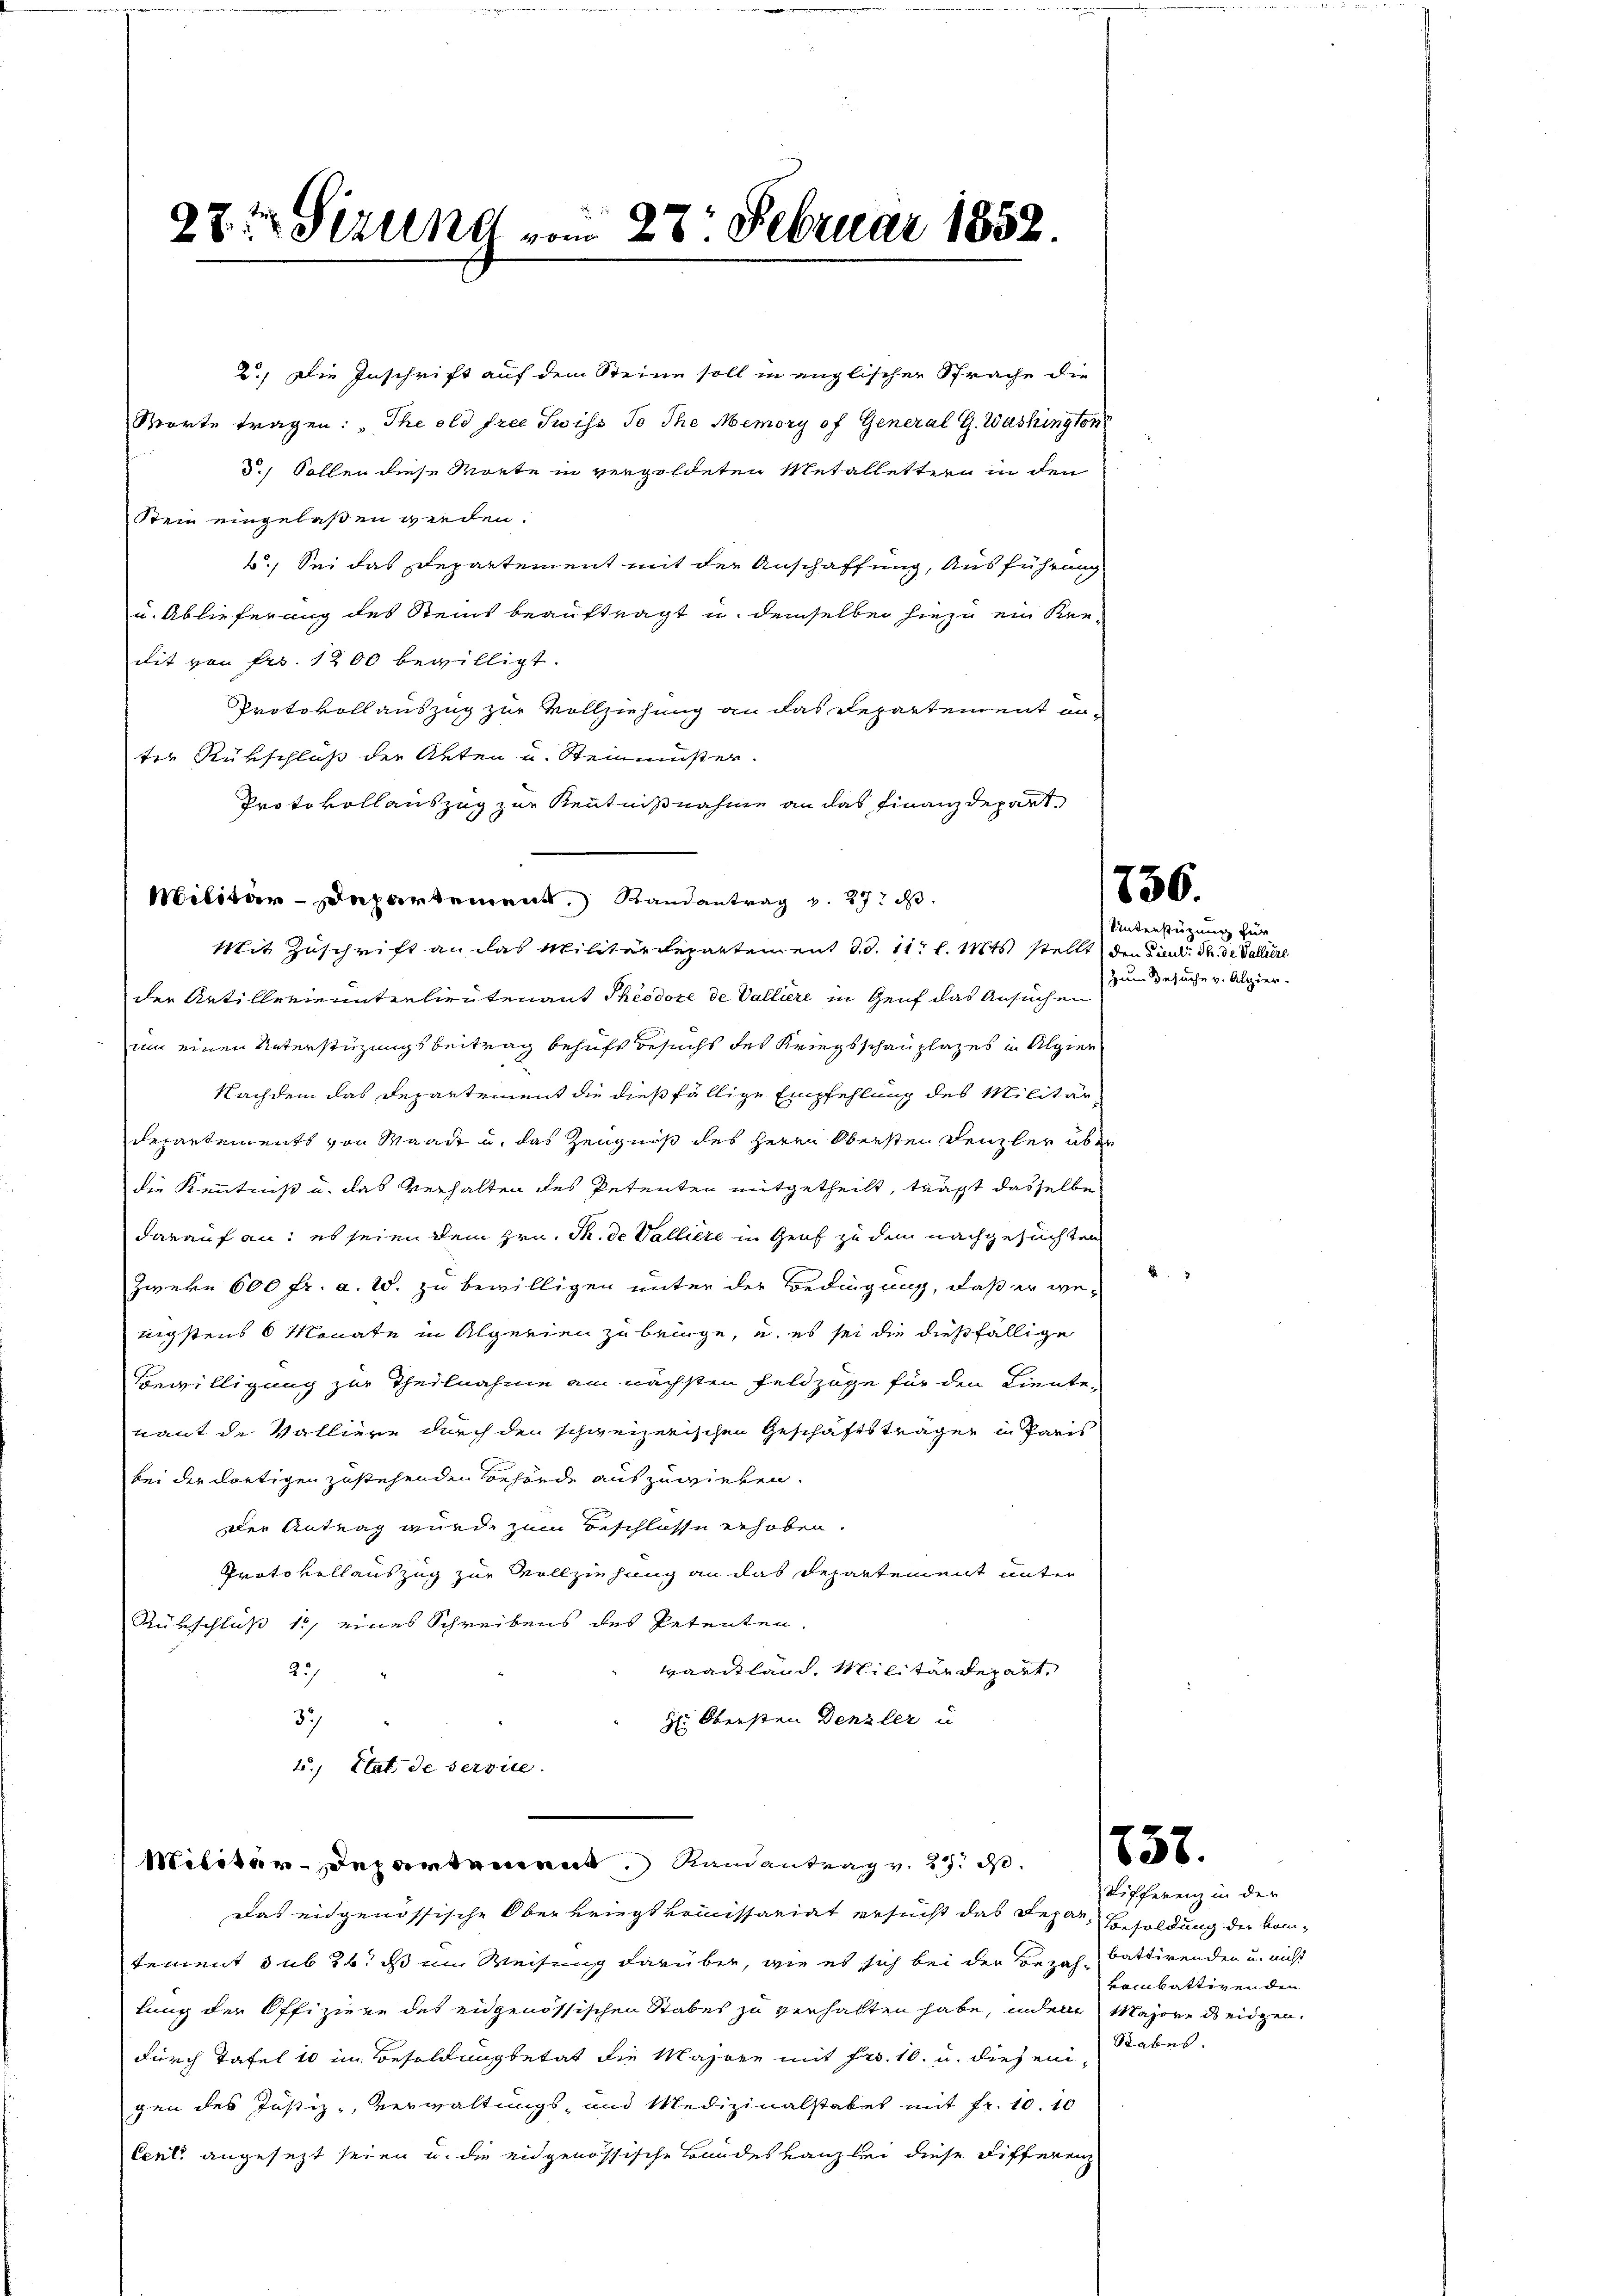
27t Sizung vom 27. Februar 1852.

2.) Die Inschrift auf dem Steine soll in englischer Sprache die
Worte tragen: Theold free Swiss so The Memory of General G. Washington
5.) Sollen diese Monte in vergoldeten Metallettern in den
Stein eingelaßen werden.
b.) Sei das Departement mit der Anschaffung, Ausführung
u. Ablieferung des Steins beauftragt u. demselben hiezu ein Kre-
dit von Frs. 1200 bewilligt.
Protokollauszug zur Vollziehung an das Departement an-
ter Rükschluß der Akten u. Steinmuster.
Protokollauszug zur Kenntnißnahme an das Finanzdepart
Militär-Departement, Randantrag v. 27. d.
Mit Zuschrift an das Militärdepartement d.d. 11. l. Mts. stellt den Dient. S. de Valliere
der Artillenieunterlieutenant Theedore de Valliere in Genf das Ansuchen
um einen Unterstüzungsbeitrag behufs Besucht des Kriegsschauplazes in Algier
Nachdem das Departement die dießfällige Empfehlung des Militär¬
Departements von Waadt u. das Zeugniß des Herrn Obersten Denzler über
die Kenntniß u. das Verhalten des Petenten mitgetheilt, trägt dasselbe
darauf an: es seien dem Hrn. M. de Vallilte in Graf zu dem nachgesuchten
Zweke 600 fr. a. W. zu bewilligen unter der Bedingung, daß er wenigstens 6 Monate in Algerien zu bringe, u. es sei die dießfällige
Bewilligung zur Theilnahme am nächsten Feldzüge für den Liente
taut de Walliere durch den schweizerischen Geschäftsträgen in Paris
bei der dortigen zustehenden Behörde auszuwieben.
Der Antrag wurde zum Beschlosse erhoben.
Protokollauszug zur Vollziehung an das Departement unter
Rübschluß 15, eines Schreibens des Petenten.
Maadtland, Militärdepart.
23/
3
H: Obersten Denzler u.
t., Stat de service.
Militär-Departement Randantrag v. 27. ds.
Das eidgenössische Oberkriegskommissariat ersucht das Depar, Besoldung der komtement sub 26. ds im Weisung darüber, wie es sich bei der Bezah-battirenden u. nicht
lung der Offiziere des eidgenössischen Stabes zu verhalten habe, indem Majore deidgen.
durch Tafel 10 im Besoldungsetat die Majore mit Fr. 10. u. diesengen des Justiz- Verwaltungs- und Medizinalstabel mit Fr. 10. 10
Centi angesezt seien u. die eidgenössische Bandes Lanz bei diese Differenz

236.

Unterstüzung für
Zum Besuche v. Alpier.

3

857.

Tifferenz in der
vombattiven den
Stabes.